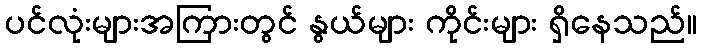
ပင်လုံးများအကြားတွင် နွယ်များ ကိုင်းများ ရှိနေသည်။